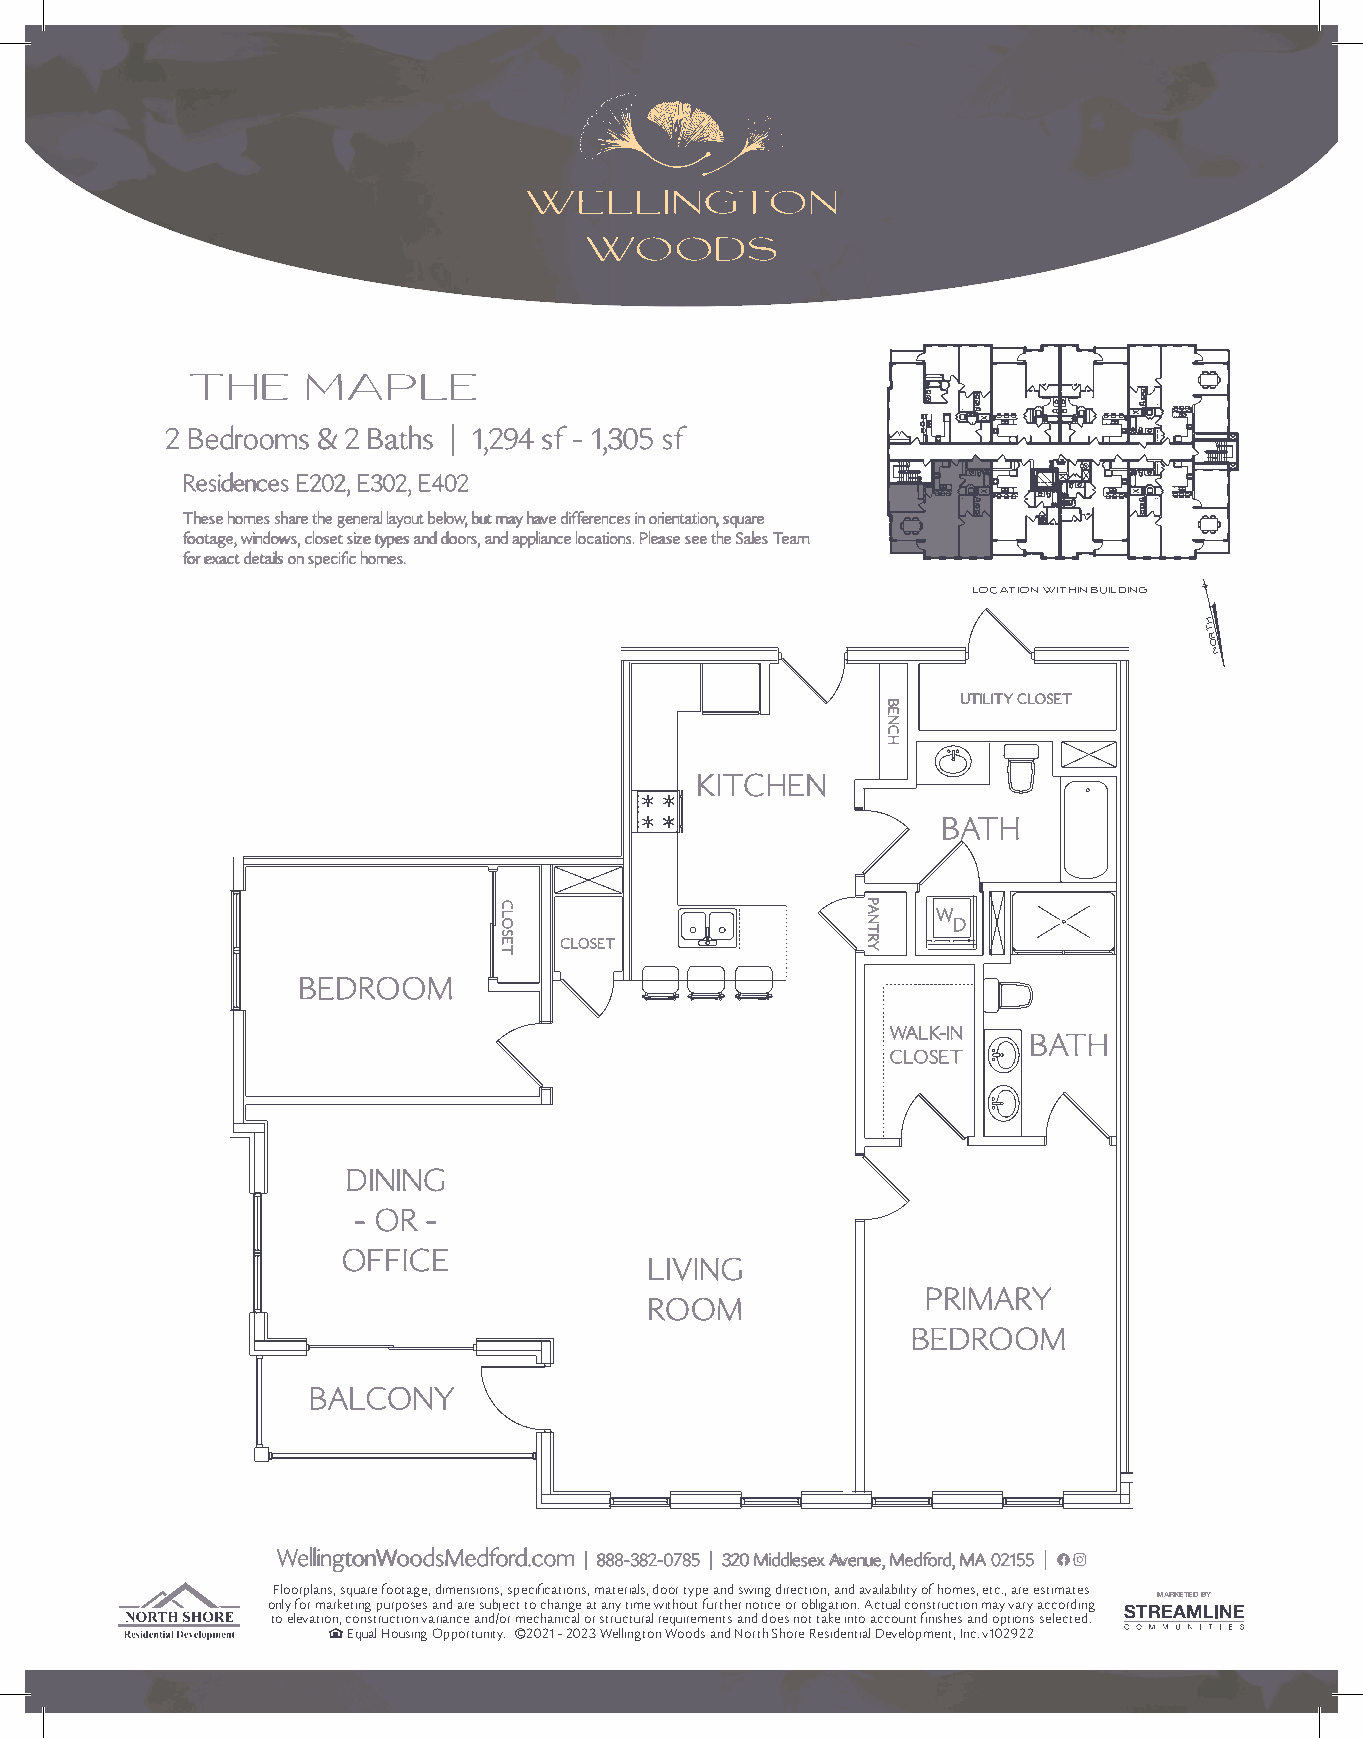
THE     MAPLE
 22 BBeeddrroooommss && 22 BBaatthhss || 11,,229944 ssff -- 11,,330055 ssff
 RReessiiddeenncceess EE220022,, EE330022,, EE440022
 TThheessee hhoommeess sshhaarree tthhee ggeenneerraall llaayyoouutt bbeellooww,, bbuutt mmaayy hhaavvee ddiiffffeerreenncceess iinn oorriieennttaattiioonn,, ssqquuaarree
 ffoooottaaggee,, wwiinnddoowwss,, cclloosseett ssiizzee ttyyppeess aanndd ddoooorrss,, aanndd aapppplliiaannccee llooccaattiioonnss.. PPlleeaassee sseeee tthhee SSaalleess TTeeaamm
 ffoorr eexxaacctt ddeettaaiillss oonn ssppeecciiffiicc hhoommeess..
 LOCATION WITHIN BUILDING
 north
 h
 DNOR CO EO
 SU LFTILITY
 802
 CLOSETTR SO RO IfLF 801 A EDIS ECN At Rr o Tn NE
 TN ORF
 :yeKre I nI d a& lA
 lp
 I
 r e
 oh hc ot Tru lFiBnt s e e hh TC r e eII p h& i Tn uI Jl e er hu TaL e elp ha TM r a el p hToP w eo hll TiW e hT
 A
 KITCHEN
 702  602
 A    A
 DR RO IHO TLF BATH 402
 A
 603
 A
 htrr uo oo flf W403D
 A
 CLOSET
 BEDROOM
 604
 A
 204 WALK-IN BATH
 A CLOSET
 104
 A
 DINING
 - OR -
 OFFICE
 LIVING
 PRIMARY
 ROOM
 BEDROOM
 BALCONY
 white logo here
 WWeelllliinnggttoonnWWooooddssMMeeddffoorrdd..ccoomm || 888888--338822--00778855 || 332200 MMiiddddlleesseexx AAvveennuuee,, MMeeddffoorrdd,, MMAA 0022115555 ||
 Floorplans, square footage, dimensions, specifications, materials, door type and swing direction, and availability of homes, etc., are estimates
 only for marketing purposes and are subject to change at any time without further notice or obligation. Actual construction may vary according MARKETED BY
 to elevation, construction variance and/or mechanical or structural requirements and does not take into account finishes and options selected.
 Equal Housing Opportunity. C 2021 - 2023 Wellington Woods and North Shore Residential Development, Inc. v102922
 CLOSET                  PANTRY
 BENCH